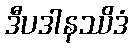
ဒီပဒါနဿိဒံ